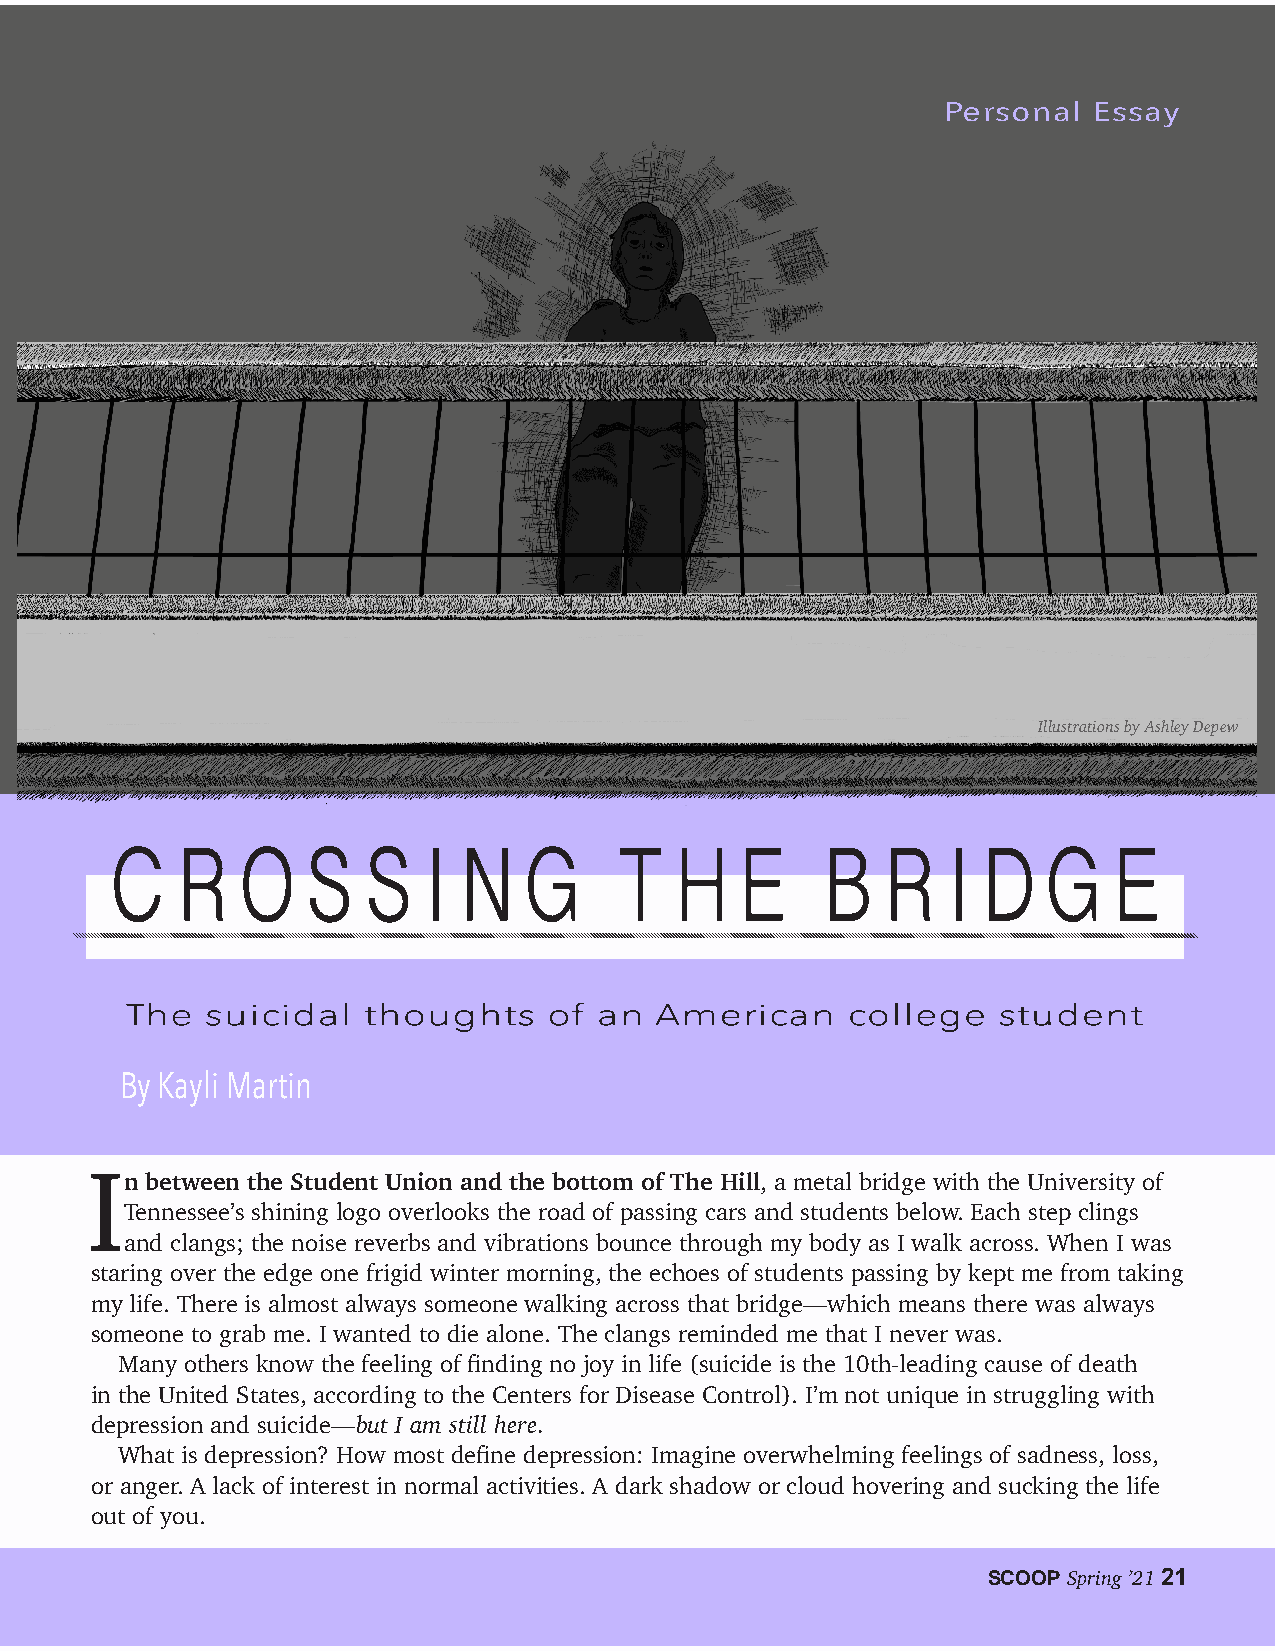
Personal  Essay
 Illustrations by Ashley Depew
 C    R   O   S   S   I N    G     T   H   E    B    R   I D   G    E
 TThhee ssuuiicciiddaall tthhoouugghhttss ooff aann AAmmeerriiccaann ccoolllleeggee ssttuuddeenntt
 By Kayli Martin
 I
 n between the Student Union and the bottom of The Hill, a metal bridge with the University of
 Tennessee’s shining logo overlooks the road of passing cars and students below. Each step clings
 and clangs; the noise reverbs and vibrations bounce through my body as I walk across. When I was
 staring over the edge one frigid winter morning, the echoes of students passing by kept me from taking
 my life. There is almost always someone walking across that bridge—which means there was always
 someone to grab me. I wanted to die alone. The clangs reminded me that I never was.
 Many others know the feeling of finding no joy in life (suicide is the 10th-leading cause of death
 in the United States, according to the Centers for Disease Control). I’m not unique in struggling with
 depression and suicide—but I am still here.
 What is depression? How most define depression: Imagine overwhelming feelings of sadness, loss,
 or anger. A lack of interest in normal activities. A dark shadow or cloud hovering and sucking the life
 out of you.
 SCOOP Spring ’21 21